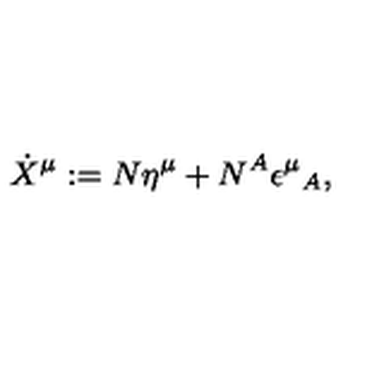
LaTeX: \dot { X } ^ { \mu } : = N \eta ^ { \mu } + N ^ { A } \epsilon ^ { \mu } { } _ { A } ,